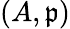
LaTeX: (A,{\mathfrak{p}})